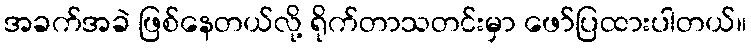
အခက်အခဲ ဖြစ်နေတယ်လို့ ရိုက်တာသတင်းမှာ ဖော်ပြထားပါတယ်။